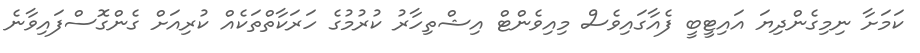
ކަމަށާ ނިމިގެންދިޔަ އައިޓީބީ ފެއާގައިވެސް މިއިވެންޓް އިޝްތިހާރު ކުރުމުގެ ހަރަކާތްތަކެއް ކުރިއަށް ގެންގޮސްފައިވާނެ